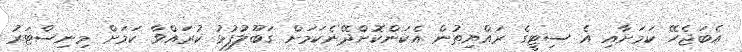
އެބަޖެހޭ ކަމަށާއި އެ ސިޓީގެ ރައްޔިތުން އެކަންކޮށްދޭނެކަމަށް ގަބޫލުފުޅު ކުރައްވާ ކަމަށް މިނިސްޓަރު